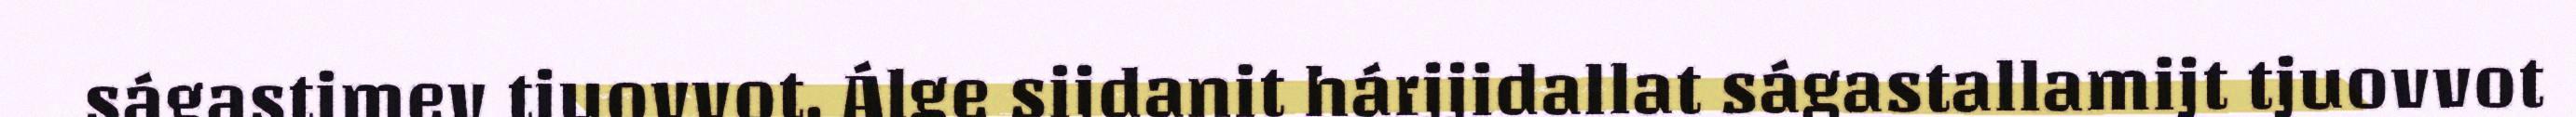
ságastimev tjuovvot. Álge sijdanit hárjjidallat ságastallamijt tjuovvot